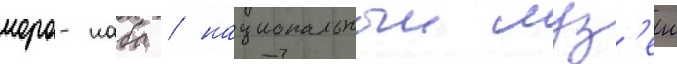
моро-наба / национальныи муз'еи